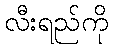
လီးရည်ကို